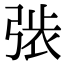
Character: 𢏾